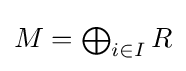
{\textstyle M=\bigoplus _{i\in I}R}